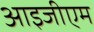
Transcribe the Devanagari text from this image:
आइजीएम